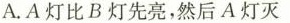
A.A灯比B灯先亮，然后A灯灭